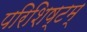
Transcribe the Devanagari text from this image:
परिशिष्टम्